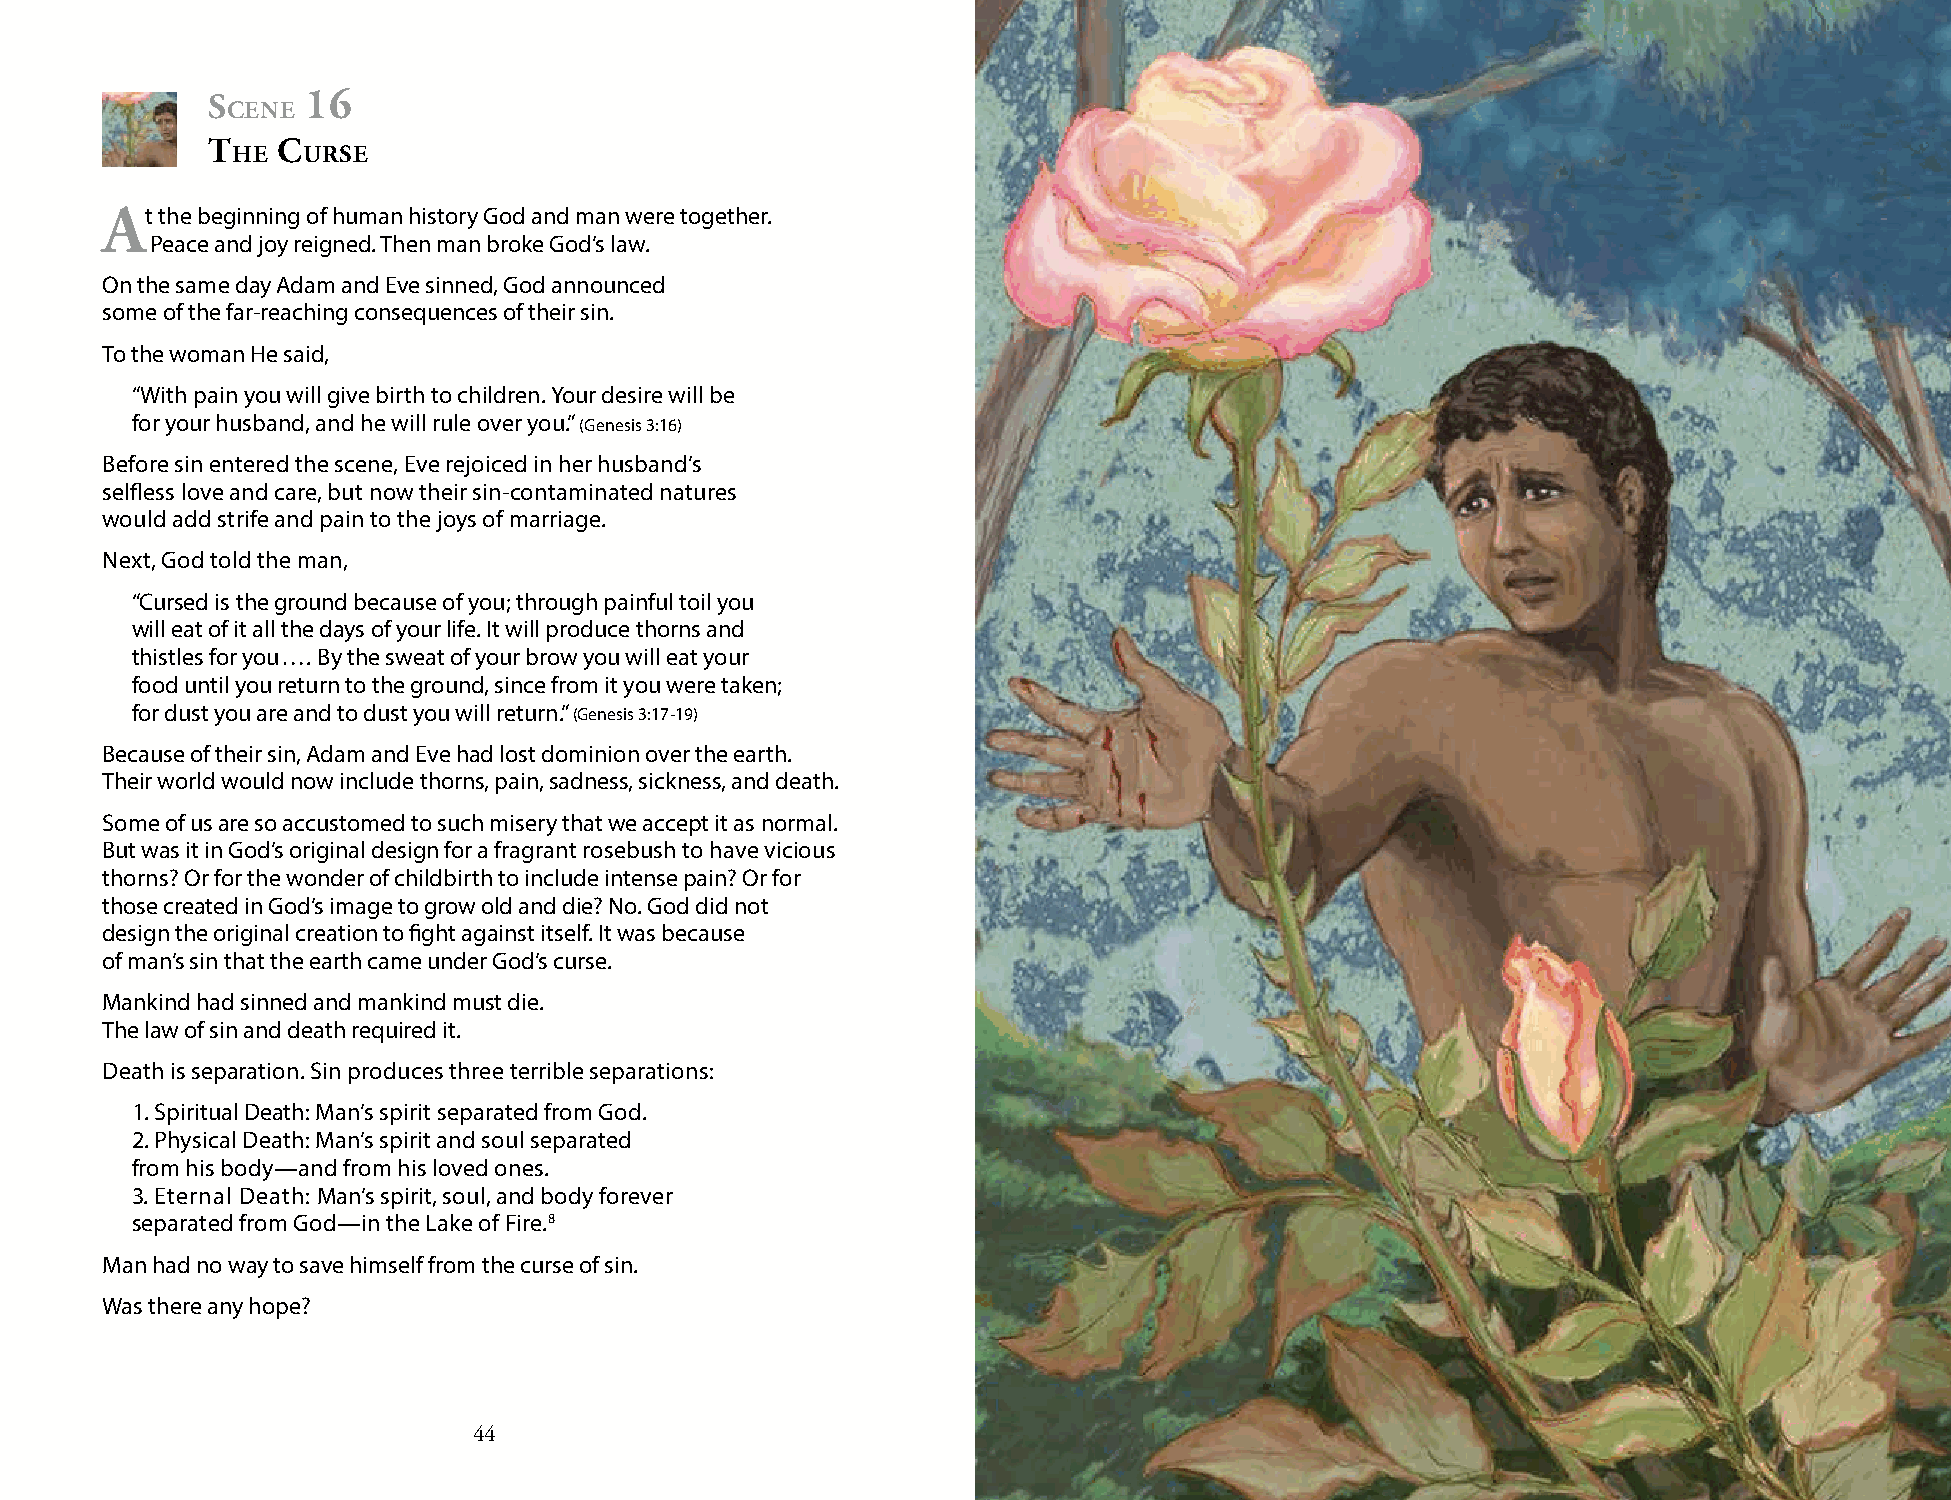
s     16
 cene
 t   c
 he   urse
 At the beginning of human history God and man were together.
 Peace and joy reigned. Then man broke God’s law.
 On the same day Adam and Eve sinned, God announced
 some of the far-reaching consequences of their sin.
 To the woman He said,
 “With pain you will give birth to children. Your desire will be
 for your husband, and he will rule over you.” (Genesis 3:16)
 Before sin entered the scene, Eve rejoiced in her husband’s
 selfless love and care, but now their sin-contaminated natures
 would add strife and pain to the joys of marriage.
 Next, God told the man,
 “Cursed is the ground because of you; through painful toil you
 will eat of it all the days of your life. It will produce thorns and
 thistles for you …. By the sweat of your brow you will eat your
 food until you return to the ground, since from it you were taken;
 for dust you are and to dust you will return.” (Genesis 3:17-19)
 Because of their sin, Adam and Eve had lost dominion over the earth.
 Their world would now include thorns, pain, sadness, sickness, and death.
 Some of us are so accustomed to such misery that we accept it as normal.
 But was it in God’s original design for a fragrant rosebush to have vicious
 thorns? Or for the wonder of childbirth to include intense pain? Or for
 those created in God’s image to grow old and die? No. God did not
 design the original creation to fight against itself. It was because
 of man’s sin that the earth came under God’s curse.
 Mankind had sinned and mankind must die.
 The law of sin and death required it.
 Death is separation. Sin produces three terrible separations:
 1. Spiritual Death: Man’s spirit separated from God.
 2. Physical Death: Man’s spirit and soul separated
 from his body—and from his loved ones.
 3. Eternal Death: Man’s spirit, soul, and body forever
 separated from God—in the Lake of Fire.8
 Man had no way to save himself from the curse of sin.
 Was there any hope?
 44